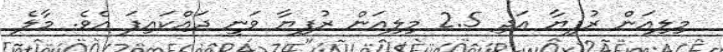
މިލިއަން ރުފިޔާ އަދި 2.5 މިލިއަން ރުފިޔާ ވަނީ ދައްކައިފަ އެވެ. މާލެ